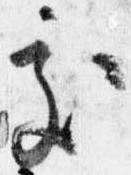
処